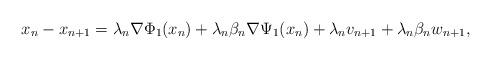
LaTeX: \begin{align*}x_n-x_{n+1}=\lambda_n\nabla\Phi_1(x_n)+\lambda_n\beta_n\nabla\Psi_1(x_n)+\lambda_nv_{n+1}+\lambda_n\beta_nw_{n+1},\end{align*}